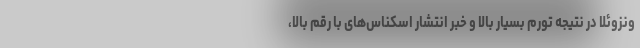
ونزوئلا در نتیجه تورم بسیار بالا و خبر انتشار اسکناس‌های با رقم بالا،